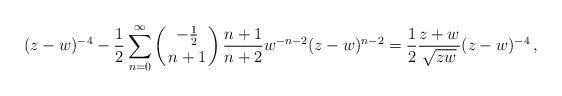
LaTeX: \begin{align*}(z-w)^{-4}-{1\over 2}\sum_{n=0}^\infty\left({-{1\over 2}\atop n+1}\right){n+1\over n+2}w^{-n-2}(z-w)^{n-2}={1\over 2}{z+w\over\sqrt{zw}}(z-w)^{-4}\,,\end{align*}